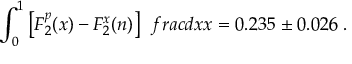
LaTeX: \int _ { 0 } ^ { 1 } \left[ F _ { 2 } ^ { p } ( x ) - F _ { 2 } ^ { x } ( n ) \right] \; \, f r a c { d x } { x } = 0 . 2 3 5 \pm 0 . 0 2 6 \; .